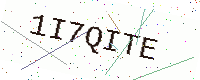
Text: 1I7QITE